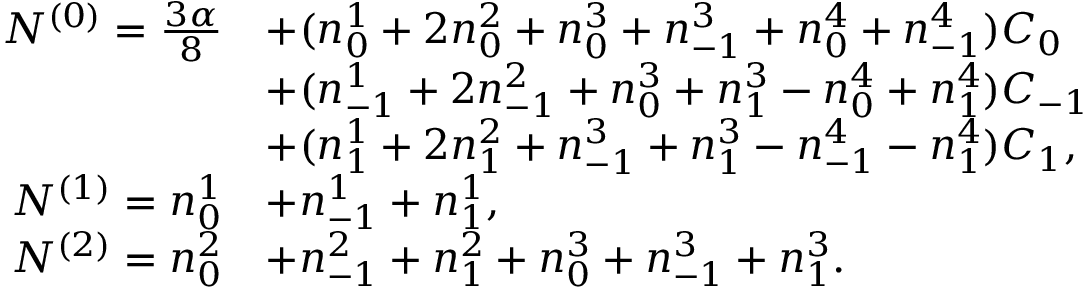
\begin{array} { r l } { N ^ { ( 0 ) } = \frac { 3 \alpha } { 8 } } & { + ( n _ { 0 } ^ { 1 } + 2 n _ { 0 } ^ { 2 } + n _ { 0 } ^ { 3 } + n _ { - 1 } ^ { 3 } + n _ { 0 } ^ { 4 } + n _ { - 1 } ^ { 4 } ) C _ { 0 } } \\ & { + ( n _ { - 1 } ^ { 1 } + 2 n _ { - 1 } ^ { 2 } + n _ { 0 } ^ { 3 } + n _ { 1 } ^ { 3 } - n _ { 0 } ^ { 4 } + n _ { 1 } ^ { 4 } ) C _ { - 1 } } \\ & { + ( n _ { 1 } ^ { 1 } + 2 n _ { 1 } ^ { 2 } + n _ { - 1 } ^ { 3 } + n _ { 1 } ^ { 3 } - n _ { - 1 } ^ { 4 } - n _ { 1 } ^ { 4 } ) C _ { 1 } , } \\ { N ^ { ( 1 ) } = n _ { 0 } ^ { 1 } } & { + n _ { - 1 } ^ { 1 } + n _ { 1 } ^ { 1 } , } \\ { N ^ { ( 2 ) } = n _ { 0 } ^ { 2 } } & { + n _ { - 1 } ^ { 2 } + n _ { 1 } ^ { 2 } + n _ { 0 } ^ { 3 } + n _ { - 1 } ^ { 3 } + n _ { 1 } ^ { 3 } . } \end{array}